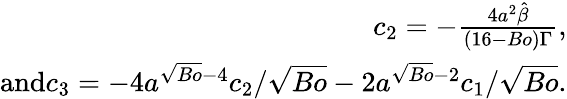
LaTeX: \begin{array}{r}{c_{2}=-\frac{4a^{2}\hat{\beta}}{(16-Bo)\Gamma},}\\ {\textrm{and}c_{3}=-4a^{\sqrt{Bo}-4}c_{2}/\sqrt{Bo}-2a^{\sqrt{Bo}-2}c_{1}/\sqrt{Bo}.}\end{array}